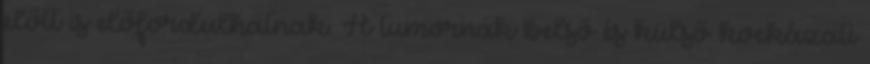
előtt is előfordulhatnak. A tumornak belső és külső kockázati